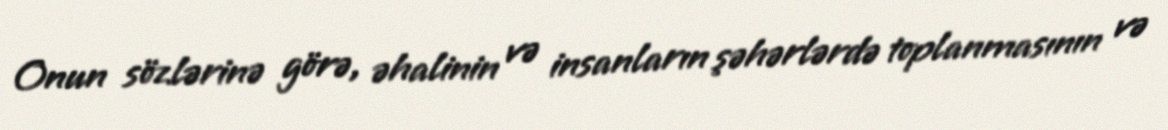
Onun sözlərinə görə, əhalinin və insanların şəhərlərdə toplanmasının və